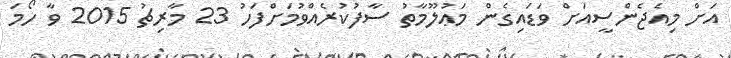
އަށް މިއެޖެންސީއަށް ވަޑައިގެން މަޢުލޫމާތު ސާފުކުރެއްވުމަށްފަހު 23 މާރިޗު 2015 ވާ ހޯމަ